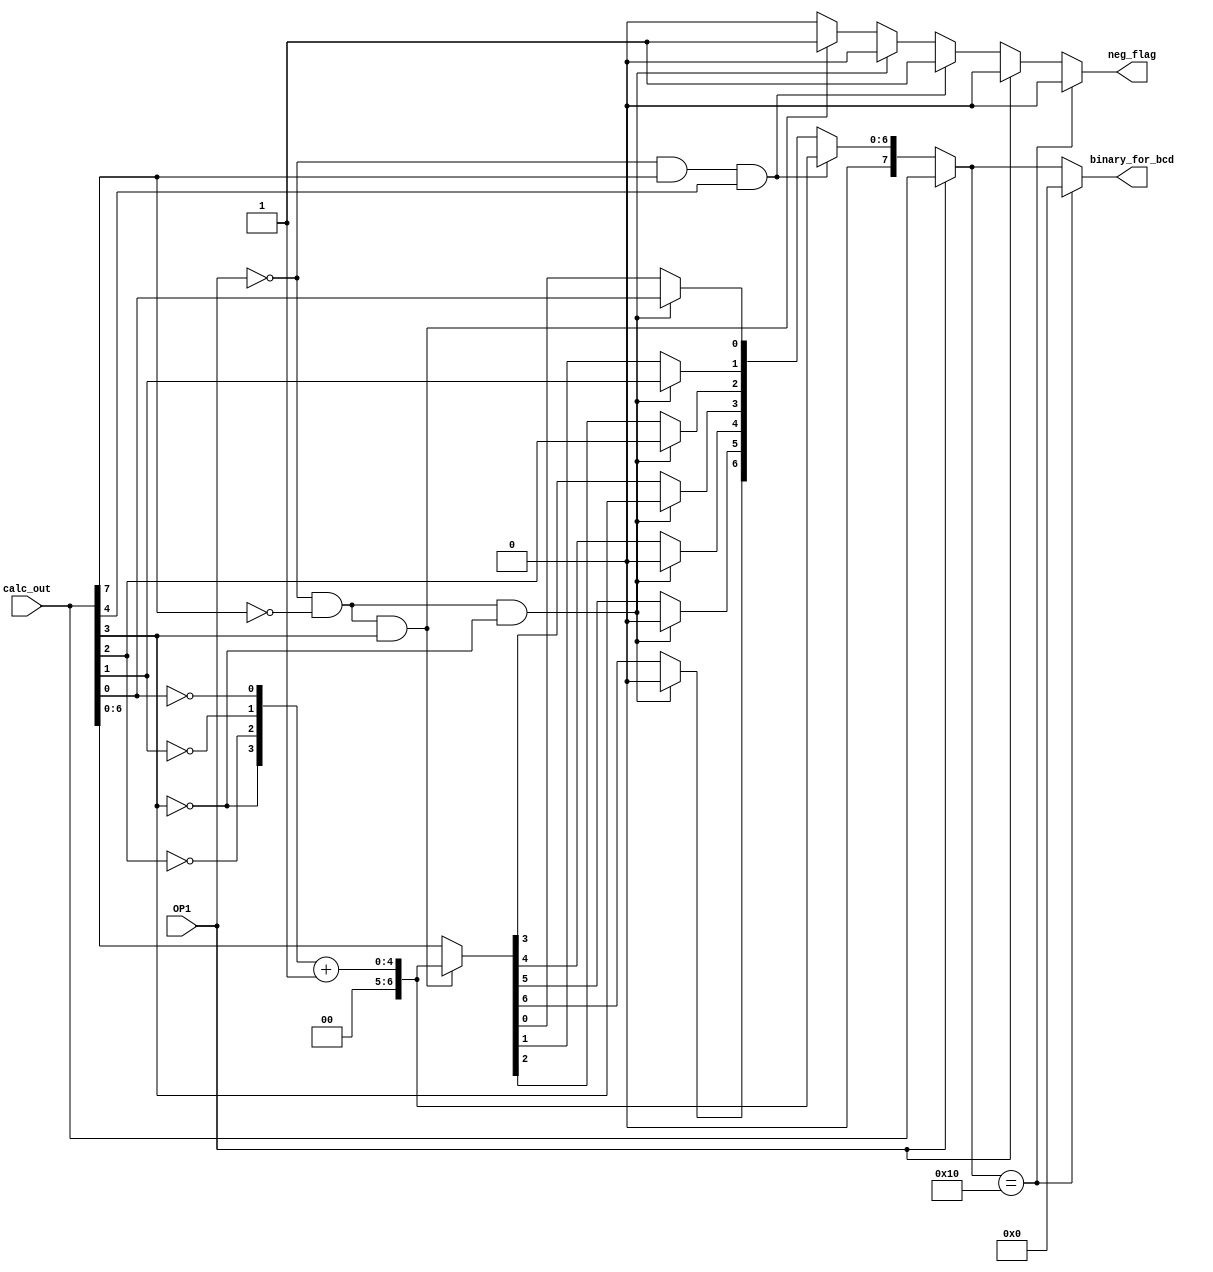
`timescale 1ns / 1ps
//////////////////////////////////////////////////////////////////////////////////
// Company: 
// Engineer: 
// 
// Design Name: 
// Module Name: twos_Comp
// Project Name: 
// Target Devices: 
// Tool Versions: 
// Description: 
// 
// Dependencies: 
// 
// Revision:
// Revision 0.01 - File Created
// Additional Comments:
// 
//////////////////////////////////////////////////////////////////////////////////


module twos_Comp(

        input [7:0] calc_out,
        input OP1,
        output reg[7:0] binary_for_bcd,
        output reg neg_flag

    );
    
    
    always @(calc_out, OP1) begin
    
            if (OP1 == 1) begin
            
                binary_for_bcd = calc_out;
                neg_flag = 0;
                
            end
      
            else if (~OP1 & calc_out[7] & calc_out[4]) begin
                //unneeded logic because it deals with the overflow case
                //but performing twos complement does show the "correct" theoretical sum
                
                binary_for_bcd[7] = 0;
                binary_for_bcd[6] = 0;
                binary_for_bcd[5] = 0;
                binary_for_bcd[4] = 0;
                
                binary_for_bcd[3] = calc_out[3] ^ 1;
                binary_for_bcd[2] = calc_out[2] ^ 1;
                binary_for_bcd[1] = calc_out[1] ^ 1;
                binary_for_bcd[0] = calc_out[0] ^ 1;
                
                binary_for_bcd = binary_for_bcd + 1;
                neg_flag = 1;
                   
            end
            
            else if (~OP1 & ~calc_out[7] & ~(calc_out[3])) begin
            
                binary_for_bcd[7] = 0;
                binary_for_bcd[6] = 0;
                binary_for_bcd[5] = 0;
                binary_for_bcd[4] = 0;
            
                binary_for_bcd[3] = calc_out[3];
                binary_for_bcd[2] = calc_out[2];
                binary_for_bcd[1] = calc_out[1];
                binary_for_bcd[0] = calc_out[0];
                
                neg_flag = 0;
            
            end
            
            
  
              else if (~OP1 & ~calc_out[7] & calc_out[3]) begin
            
                binary_for_bcd[7] = 0;
                binary_for_bcd[6] = 0;
                binary_for_bcd[5] = 0;
                binary_for_bcd[4] = 0;
            
                binary_for_bcd[3] = calc_out[3] ^ 1;
                binary_for_bcd[2] = calc_out[2] ^ 1;
                binary_for_bcd[1] = calc_out[1] ^ 1;
                binary_for_bcd[0] = calc_out[0] ^ 1;
                
                binary_for_bcd = binary_for_bcd + 1;
                neg_flag = 1;
            
            end
      
            else begin
                
                binary_for_bcd = {1'b0, calc_out[6:0] };
                neg_flag = 0;
            
            end
            
            if (binary_for_bcd == 16) begin
            
                binary_for_bcd = 0;
                neg_flag = 0;
            
            end
                 
    end
    
endmodule